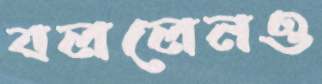
বললেনও